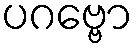
ပဂဗ္ဗော